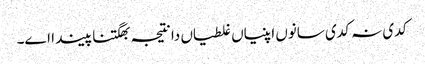
‏ کدی نہ کدی سانوں اپنیاں غلطیاں دا نتیجہ بھگتنا پیندا اے۔